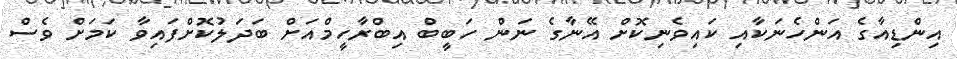
އިންޑިއާގެ އަންހެނަކާއި ކައިވެނިކޮށް އޭނާގެ ނަން ހަބީބް އިބްރާހީމްއަށް ބަދަލުކޮށްފައިވާ ކަމަށް ވެސް